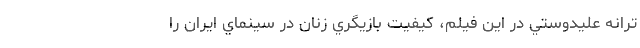
ترانه عليدوستي در اين فيلم، کيفيت بازيگري زنان در سينماي ايران را